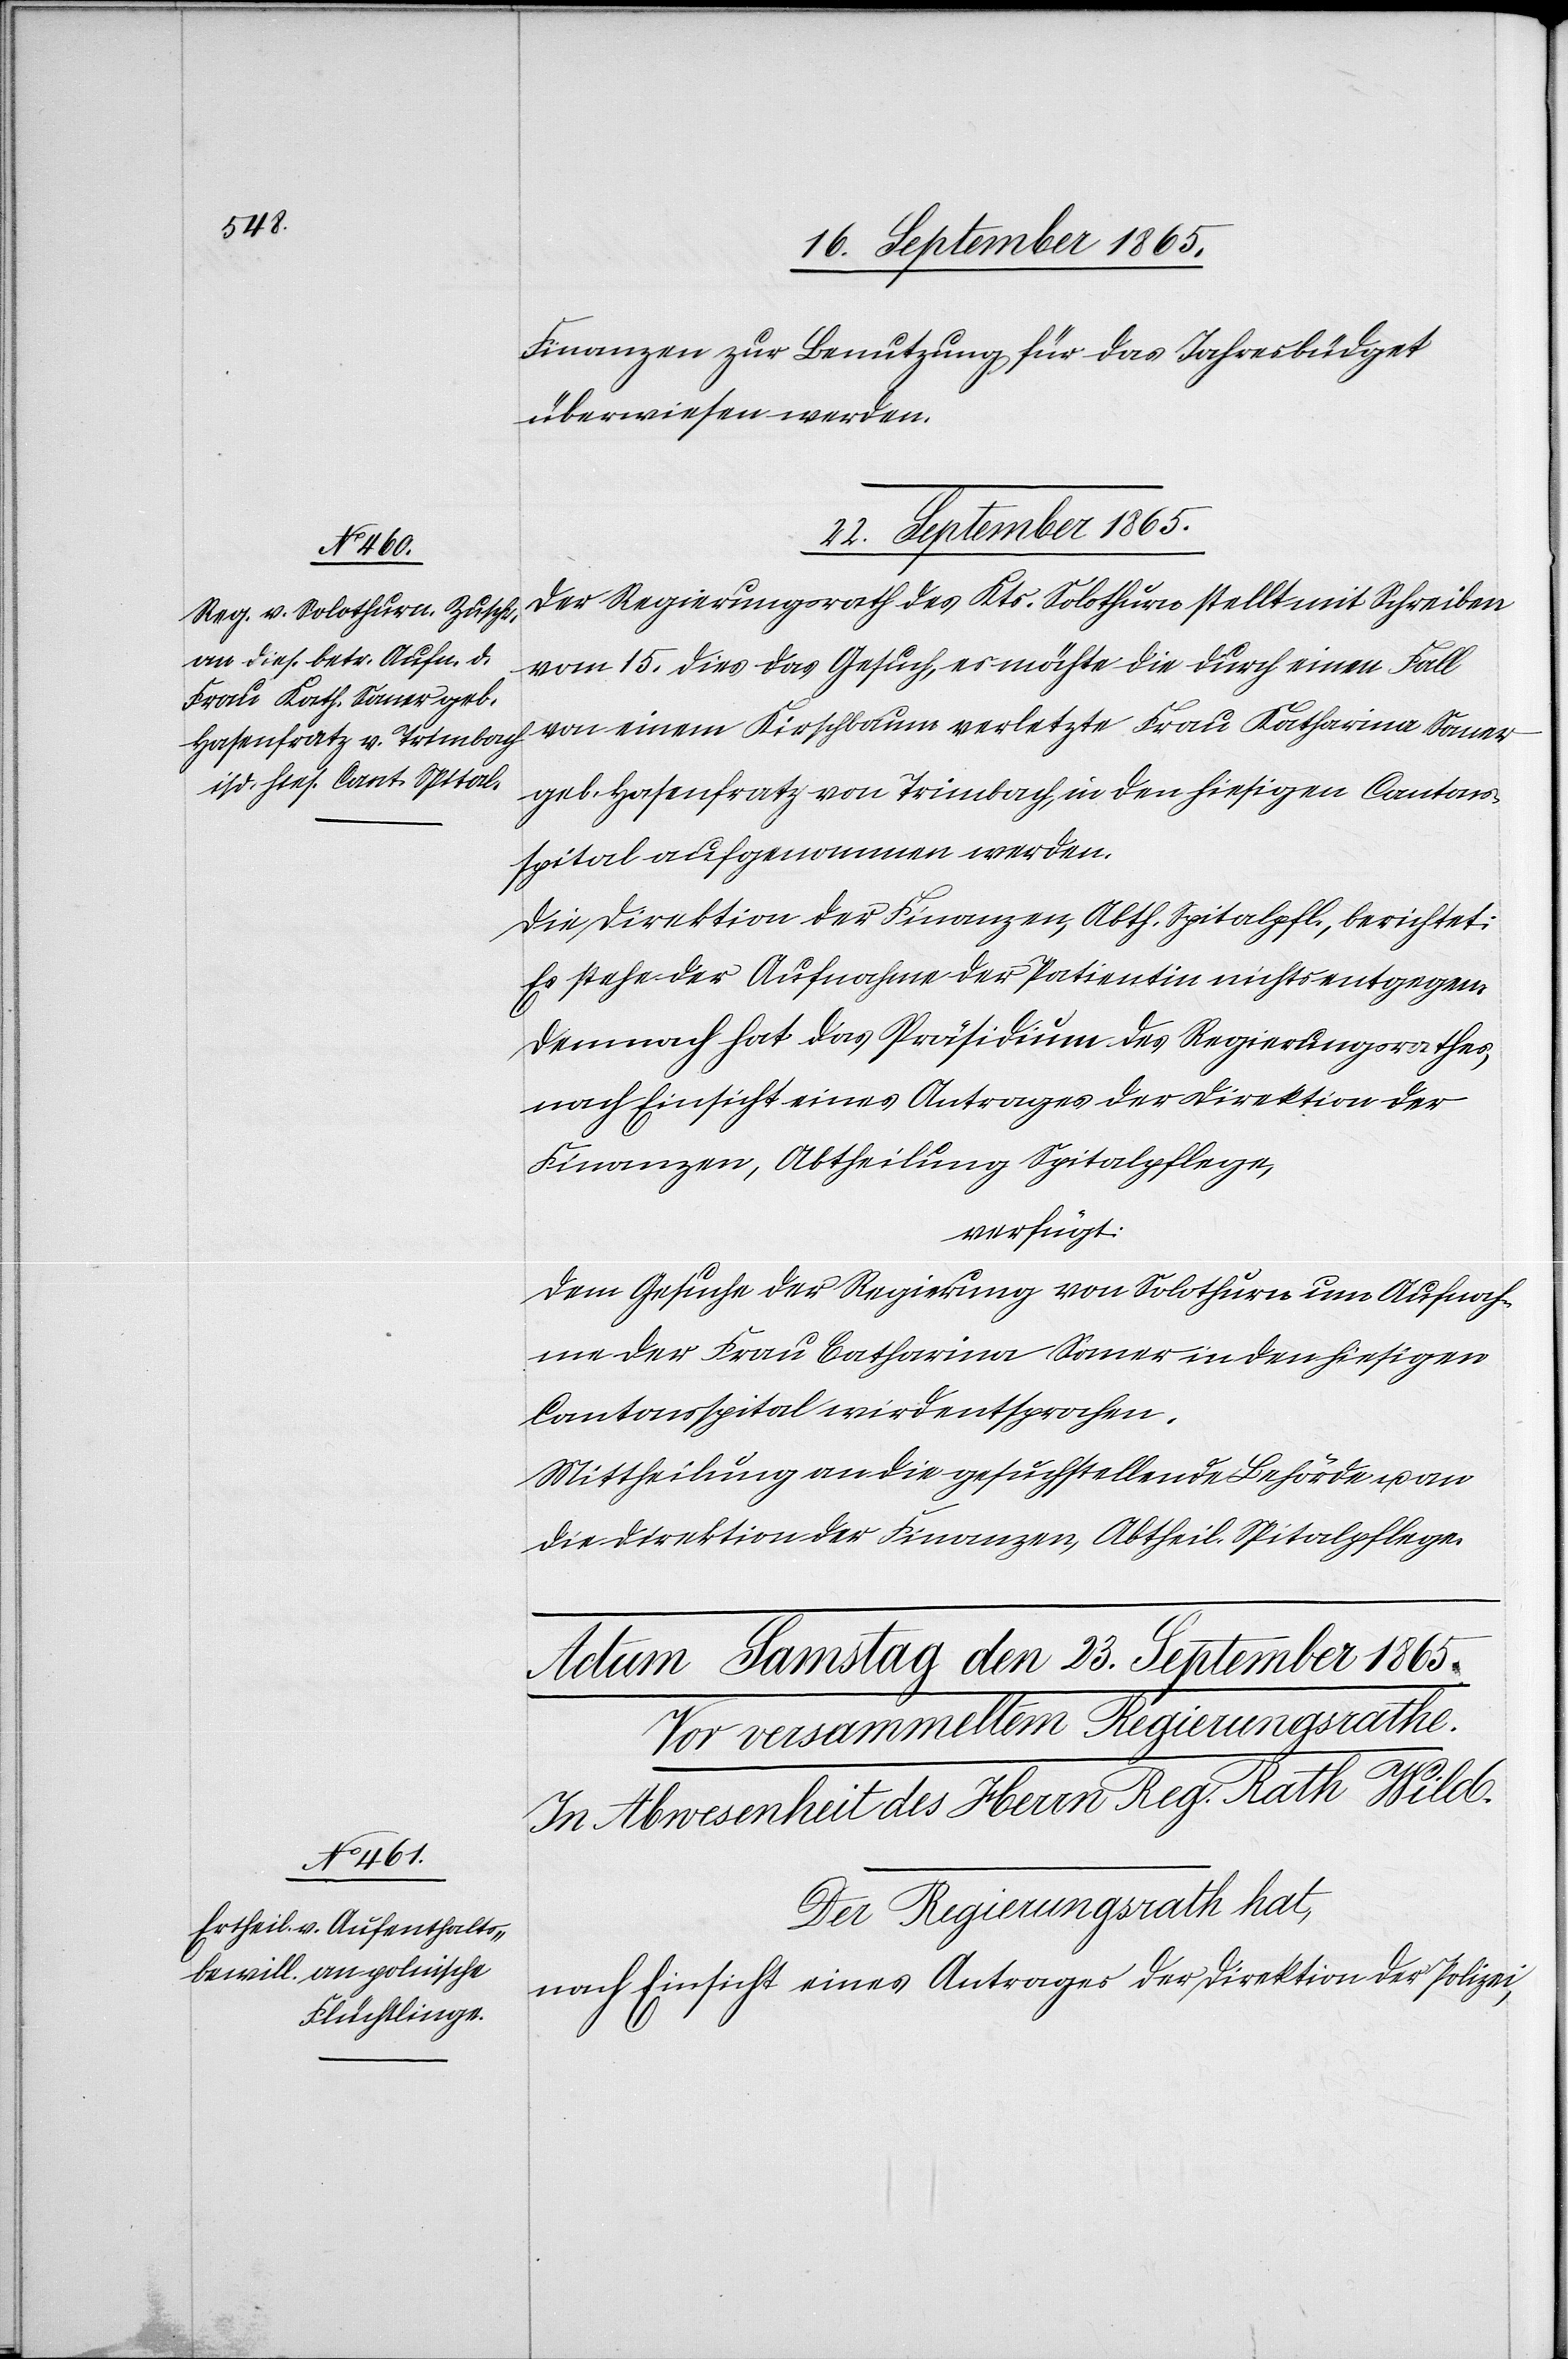
Finanzen zur Benutzung für da Jahresbüdget
überwiesen werden.
22. September 1865.
Der Regierungsrath des Kts. Solothurn stellt mit Schreiben
vom 15. dies das Gesuch, es möchte die durch einen Fall
von einem Kirschbaum verletzte Frau Katharina Saner
geb. Hasenfratz von Trimbach, in den hiesigen Cantons¬
spital aufgenommen werden.
Die Direktion der Finanzen, Abth. Spithalpfl., berichtet:
Es stehe der Aufnahme der Patientin nichts entgegen.
Demnach hat das Präsidium des Regierungsrathes,
nach Einsicht eines Antrages der Direktion der
Finanzen, Abtheilung Spitalpflege,
verfügt:
Dem Gesuche der Regierung von Solothurn um Aufnah¬
me der Frau Catharina Saner in den hiesigen
Cantonsspital wird entsprochen.
Mittheilung an die gesuchstellende Behörde u. an
die Direktion der Finanzen, Abtheil. Spitalpflege.
Der Regierungsrath hat,
nach Einsicht eines Antrages der Direktion der Polizei,